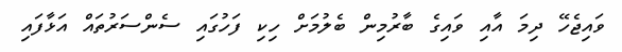
ވައިޖެހޭ ދިމަ އާއި ވައިގެ ބާރުމިން ބެލުމަށް ހިކި ފަހުގައި ސެންސަރުތައް އަޅާފައި